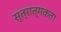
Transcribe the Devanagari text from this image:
सूत्रात्मकता